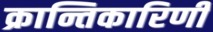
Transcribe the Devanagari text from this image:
क्रान्तिकारिणी